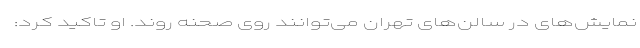
نمایش‌های در سالن‌های تهران می‌توانند روی صحنه روند. او تاکید کرد: